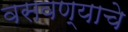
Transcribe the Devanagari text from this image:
वसवण्याचे